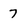
Character: 7